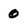
Character: 0